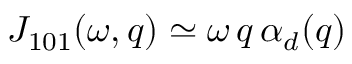
{ \cal J } _ { 1 0 1 } ( \omega , q ) \simeq \omega \, q \, \alpha _ { d } ( q )